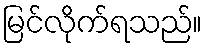
မြင်လိုက်ရသည်။